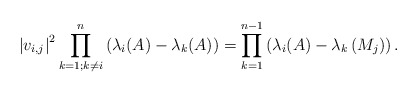
\begin{align*}\left|v_{i, j}\right|^{2} \prod_{k=1 ; k \neq i}^{n}\left(\lambda_{i}(A)-\lambda_{k}(A)\right)=\prod_{k=1}^{n-1}\left(\lambda_{i}(A)-\lambda_{k}\left(M_{j}\right)\right) .\end{align*}